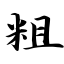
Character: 粗